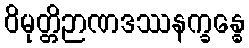
ဝိမုတ္တိဉာဏဒဿနက္ခန္ဓေ